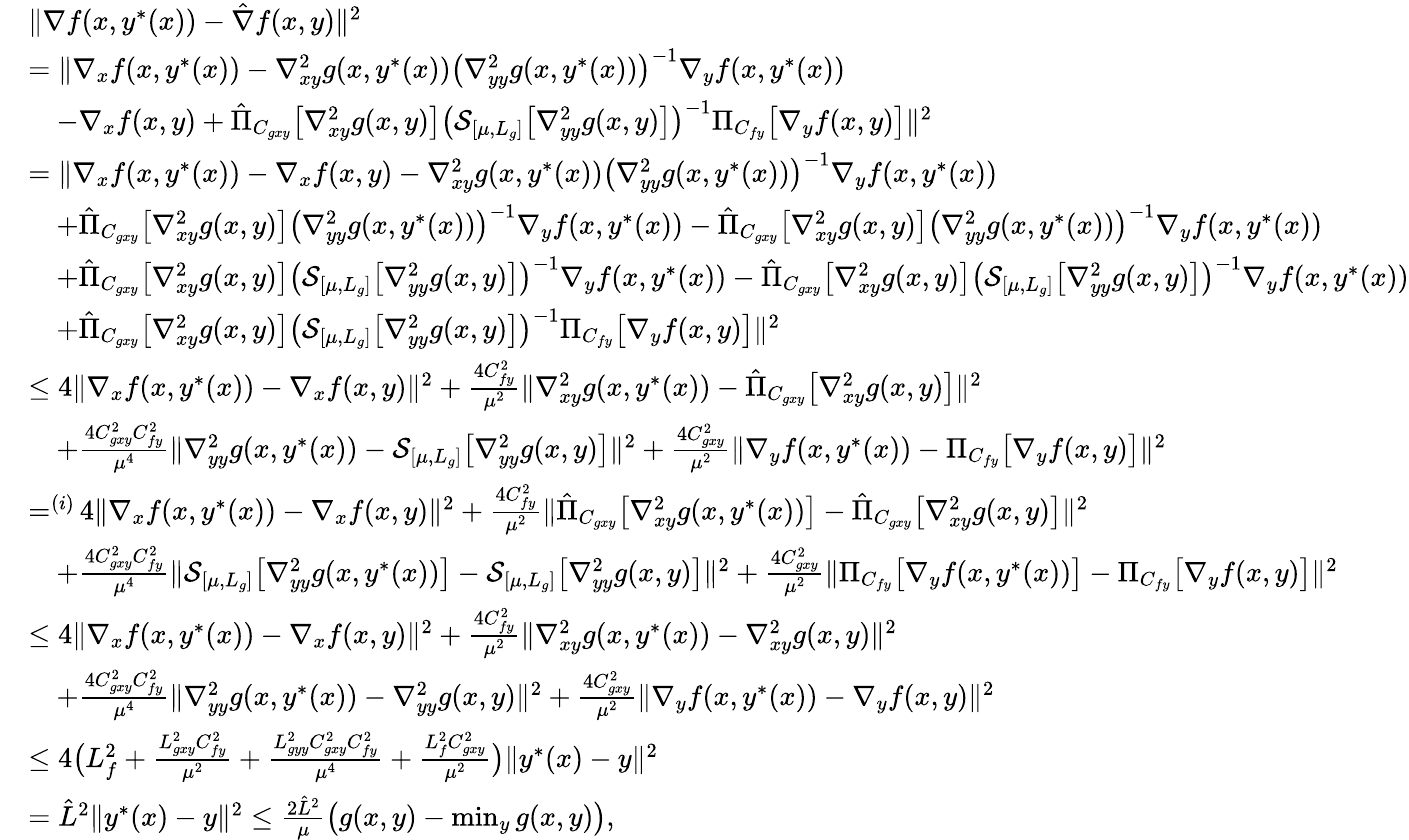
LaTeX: \begin{array}{rl}&{\| \nabla f(x,y^{*}(x))-\hat{\nabla}f(x,y)\| ^{2}}\\ &{=\| \nabla_{x}f(x,y^{*}(x))-\nabla_{xy}^{2}g(x,y^{*}(x))\big(\nabla_{yy}^{2}g(x,y^{*}(x))\big)^{-1}\nabla_{y}f(x,y^{*}(x))}\\ &{\quad-\nabla_{x}f(x,y)+\hat{\Pi}_{C_{gxy}}\big[\nabla_{xy}^{2}g(x,y)\big]\big(\mathcal{S}_{[\mu,L_{g}]}\big[\nabla_{yy}^{2}g(x,y)\big]\big)^{-1}\Pi_{C_{fy}}\big[\nabla_{y}f(x,y)\big]\| ^{2}}\\ &{=\| \nabla_{x}f(x,y^{*}(x))-\nabla_{x}f(x,y)-\nabla_{xy}^{2}g(x,y^{*}(x))\big(\nabla_{yy}^{2}g(x,y^{*}(x))\big)^{-1}\nabla_{y}f(x,y^{*}(x))}\\ &{\quad+\hat{\Pi}_{C_{gxy}}\big[\nabla_{xy}^{2}g(x,y)\big]\big(\nabla_{yy}^{2}g(x,y^{*}(x))\big)^{-1}\nabla_{y}f(x,y^{*}(x))-\hat{\Pi}_{C_{gxy}}\big[\nabla_{xy}^{2}g(x,y)\big]\big(\nabla_{yy}^{2}g(x,y^{*}(x))\big)^{-1}\nabla_{y}f(x,y^{*}(x))}\\ &{\quad+\hat{\Pi}_{C_{gxy}}\big[\nabla_{xy}^{2}g(x,y)\big]\big(\mathcal{S}_{[\mu,L_{g}]}\big[\nabla_{yy}^{2}g(x,y)\big]\big)^{-1}\nabla_{y}f(x,y^{*}(x))-\hat{\Pi}_{C_{gxy}}\big[\nabla_{xy}^{2}g(x,y)\big]\big(\mathcal{S}_{[\mu,L_{g}]}\big[\nabla_{yy}^{2}g(x,y)\big]\big)^{-1}\nabla_{y}f(x,y^{*}(x))}\\ &{\quad+\hat{\Pi}_{C_{gxy}}\big[\nabla_{xy}^{2}g(x,y)\big]\big(\mathcal{S}_{[\mu,L_{g}]}\big[\nabla_{yy}^{2}g(x,y)\big]\big)^{-1}\Pi_{C_{fy}}\big[\nabla_{y}f(x,y)\big]\| ^{2}}\\ &{\leq 4\| \nabla_{x}f(x,y^{*}(x))-\nabla_{x}f(x,y)\| ^{2}+\frac{4C_{fy}^{2}}{\mu^{2}}\| \nabla_{xy}^{2}g(x,y^{*}(x))-\hat{\Pi}_{C_{gxy}}\big[\nabla_{xy}^{2}g(x,y)\big]\| ^{2}}\\ &{\quad+\frac{4C_{gxy}^{2}C_{fy}^{2}}{\mu^{4}}\| \nabla_{yy}^{2}g(x,y^{*}(x))-\mathcal{S}_{[\mu,L_{g}]}\big[\nabla_{yy}^{2}g(x,y)\big]\| ^{2}+\frac{4C_{gxy}^{2}}{\mu^{2}}\| \nabla_{y}f(x,y^{*}(x))-\Pi_{C_{fy}}\big[\nabla_{y}f(x,y)\big]\| ^{2}}\\ &{\mathop{=}^{(i)}4\| \nabla_{x}f(x,y^{*}(x))-\nabla_{x}f(x,y)\| ^{2}+\frac{4C_{fy}^{2}}{\mu^{2}}\| \hat{\Pi}_{C_{gxy}}\big[\nabla_{xy}^{2}g(x,y^{*}(x))\big]-\hat{\Pi}_{C_{gxy}}\big[\nabla_{xy}^{2}g(x,y)\big]\| ^{2}}\\ &{\quad+\frac{4C_{gxy}^{2}C_{fy}^{2}}{\mu^{4}}\| \mathcal{S}_{[\mu,L_{g}]}\big[\nabla_{yy}^{2}g(x,y^{*}(x))\big]-\mathcal{S}_{[\mu,L_{g}]}\big[\nabla_{yy}^{2}g(x,y)\big]\| ^{2}+\frac{4C_{gxy}^{2}}{\mu^{2}}\| \Pi_{C_{fy}}\big[\nabla_{y}f(x,y^{*}(x))\big]-\Pi_{C_{fy}}\big[\nabla_{y}f(x,y)\big]\| ^{2}}\\ &{\leq 4\| \nabla_{x}f(x,y^{*}(x))-\nabla_{x}f(x,y)\| ^{2}+\frac{4C_{fy}^{2}}{\mu^{2}}\| \nabla_{xy}^{2}g(x,y^{*}(x))-\nabla_{xy}^{2}g(x,y)\| ^{2}}\\ &{\quad+\frac{4C_{gxy}^{2}C_{fy}^{2}}{\mu^{4}}\| \nabla_{yy}^{2}g(x,y^{*}(x))-\nabla_{yy}^{2}g(x,y)\| ^{2}+\frac{4C_{gxy}^{2}}{\mu^{2}}\| \nabla_{y}f(x,y^{*}(x))-\nabla_{y}f(x,y)\| ^{2}}\\ &{\leq 4\big(L_{f}^{2}+\frac{L_{gxy}^{2}C_{fy}^{2}}{\mu^{2}}+\frac{L_{gyy}^{2}C_{gxy}^{2}C_{fy}^{2}}{\mu^{4}}+\frac{L_{f}^{2}C_{gxy}^{2}}{\mu^{2}}\big)\| y^{*}(x)-y\| ^{2}}\\ &{=\hat{L}^{2}\| y^{*}(x)-y\| ^{2}\leq\frac{2\hat{L}^{2}}{\mu}\big(g(x,y)-\operatorname*{min}_{y}g(x,y)\big),}\end{array}